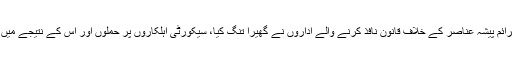
مارچ میں جیسے جیسے شہر میں جرائم پیشہ عناصر کے خلاف قانون نافذ کرنے والے اداروں نے گھیرا تنگ کیا، سیکورٹی اہلکاروں پر حملوں اور اس کے نتیجے میں ہونے والی ہلاکتوں میں تیزی آ گئی۔